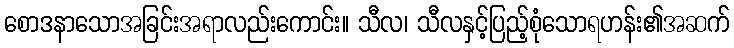
စောဒနာသောအခြင်းအရာလည်းကောင်း။ သီလ၊ သီလနှင့်ပြည့်စုံသောရဟန်း၏အဆက်